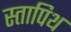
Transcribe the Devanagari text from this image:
स्तापिथ